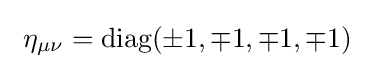
\ \eta _{\mu \nu }={\text{diag}}(\pm 1,\mp 1,\mp 1,\mp 1)\